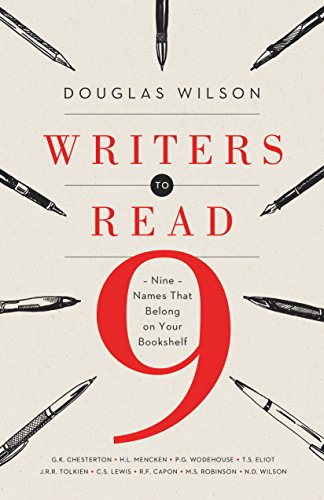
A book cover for Writers to Read: Nine Names That Belong on Your Bookshelf; Douglas Wilson; Literature & Fiction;